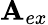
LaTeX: \mathbf{A}_{ex}